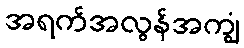
အရက်အလွန်အကျွံ